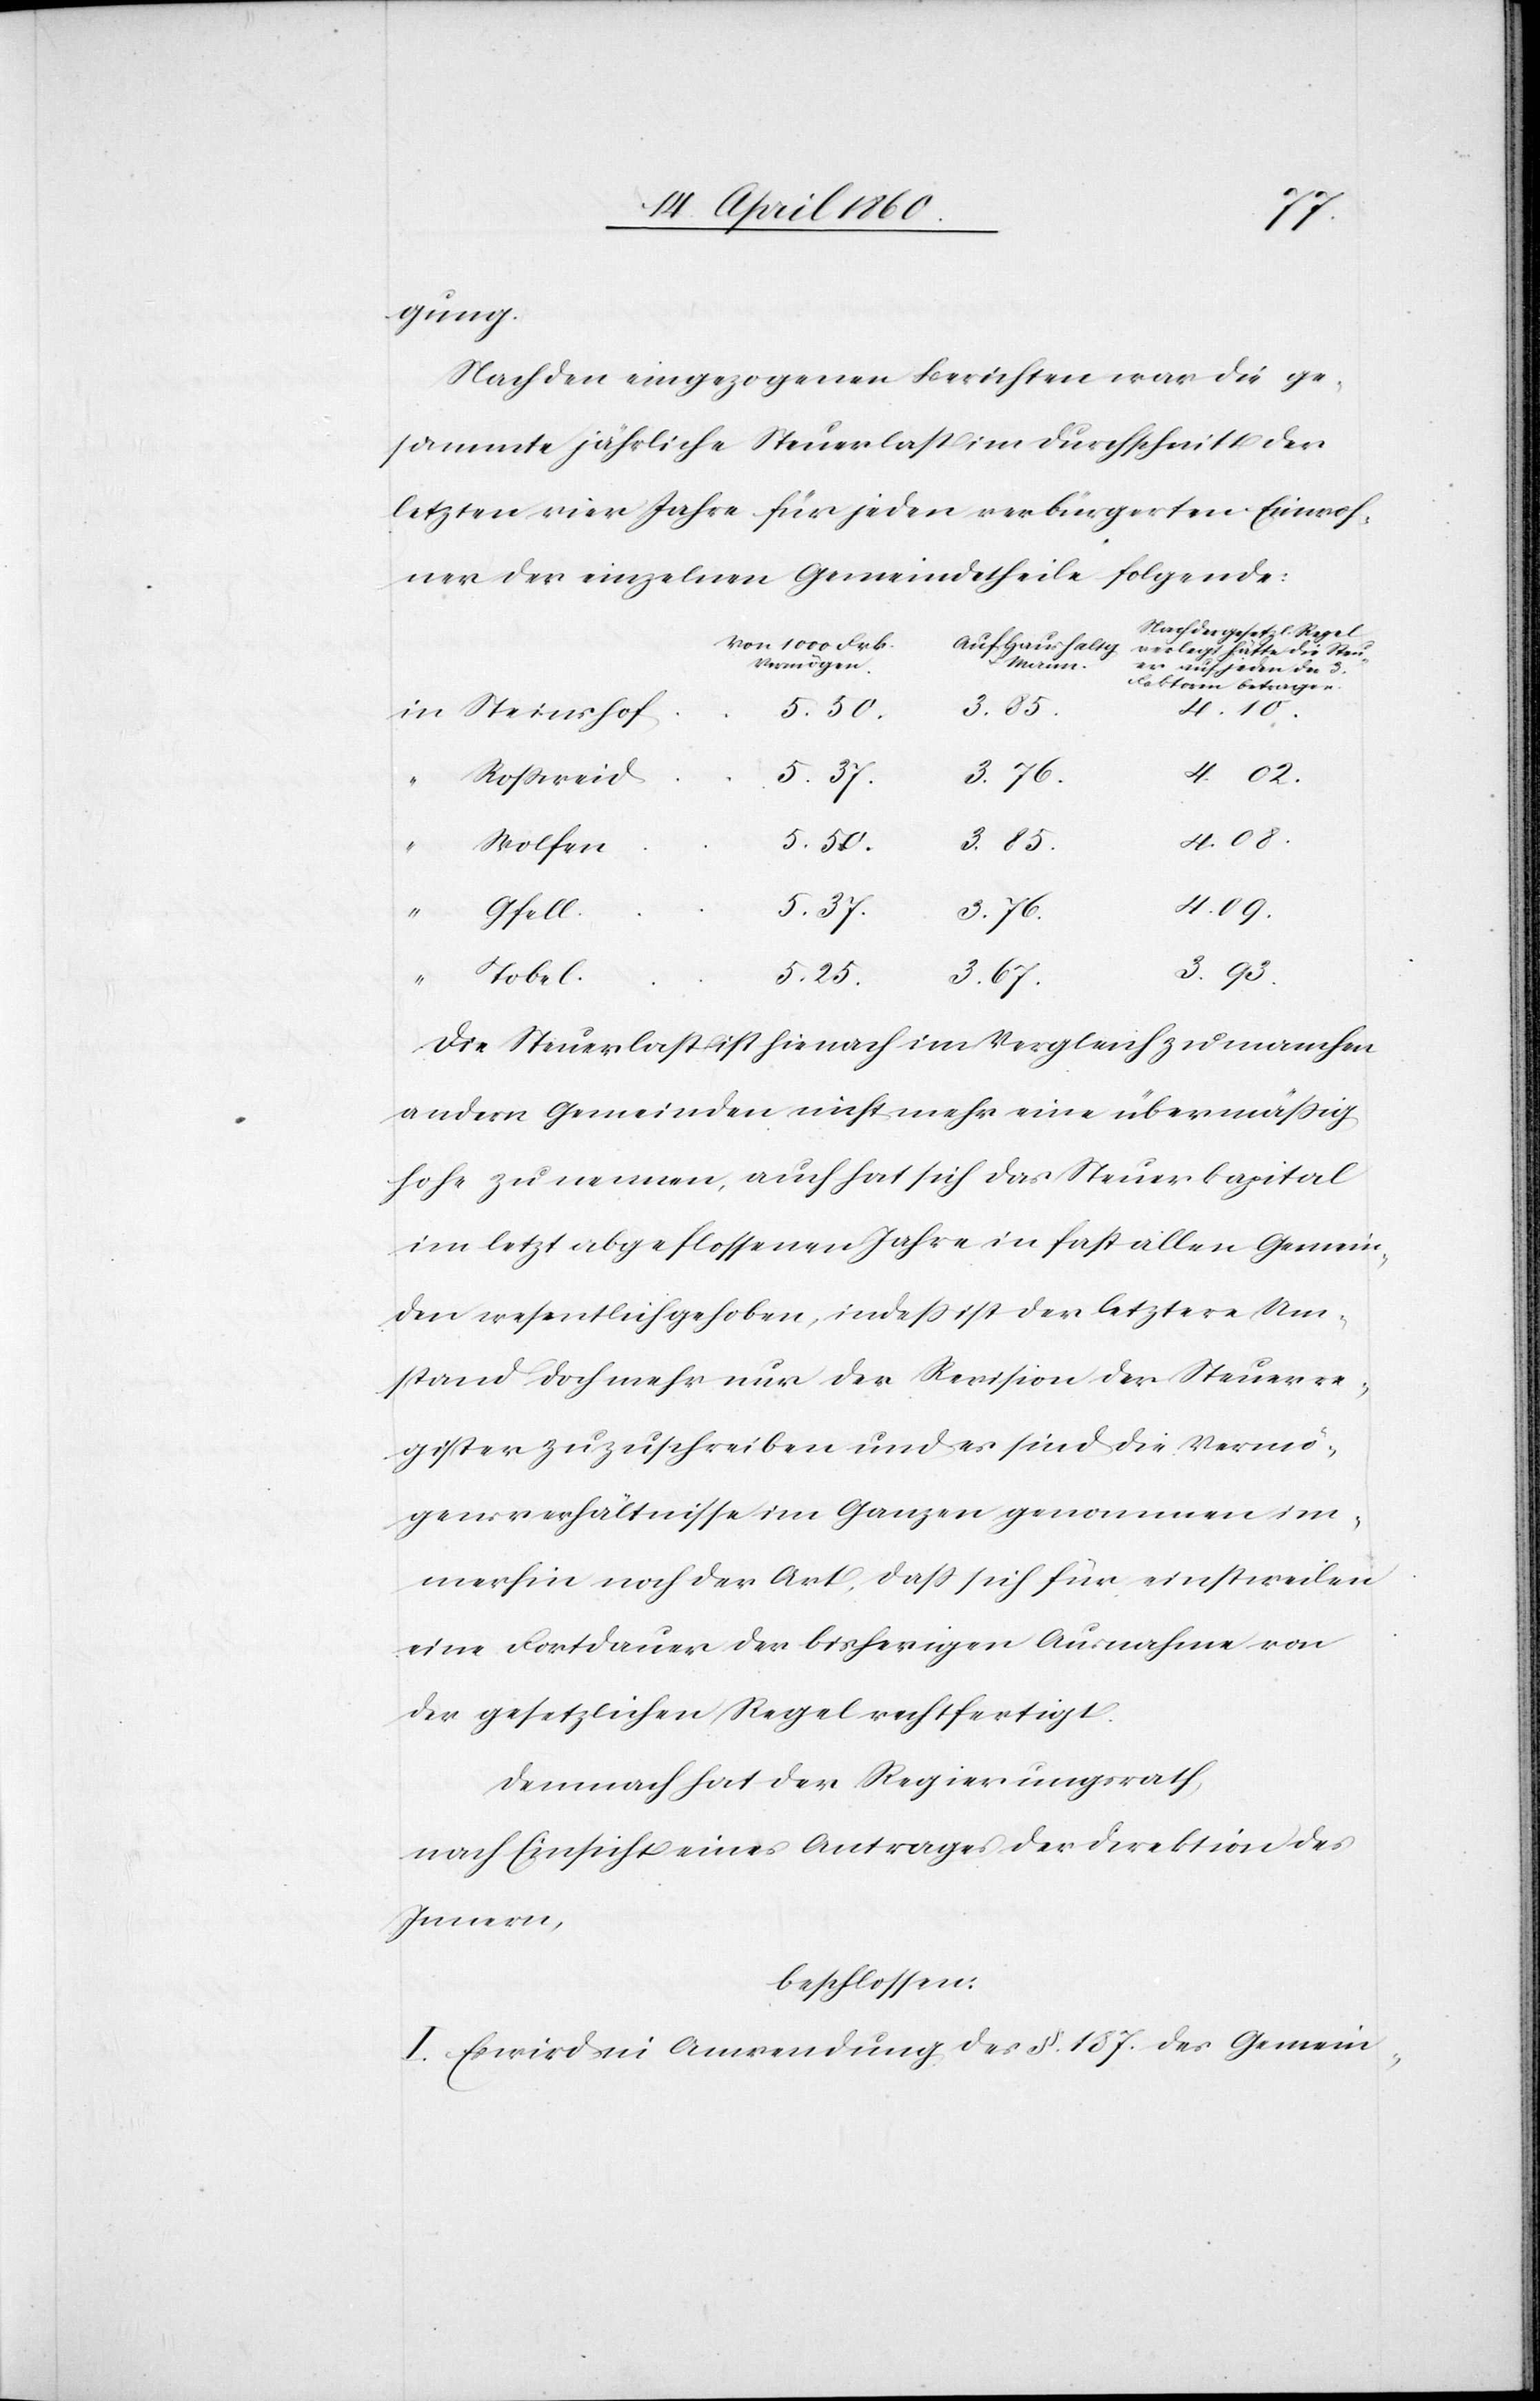
gung.
Nach den eingezogenen Berichten war die ge¬
sammte jährliche Steuerlast im Durchschnitt der
letzten vier Jahre für jeden verbürgerten Einwoh¬
ner der einzelnen Gemeindetheile folgende:
von 1000 Frk.
Auf Haushaltg.
u.
Mann.
betragen.
3. 93.
4. 10.
5. 37.
Rossweid
3. 76.
4. 09.
5. 50.
Wolfen
Gfell
Tobel
5. 25.
3. 67.
Die Steuerlast hienach im Vergleich zu manchen
andern Gemeinden nicht mehr eine übermässig
hohe zu nennen, auch hat sich das Steuerkapital
im letztabgeflossenen Jahre in fast allen Gemein¬
den wesentlich gehoben, indess ist der letztere Um¬
stand doch mehr nur der Revision der Steuerre¬
gister zuzuschreiben und es sind die Vermö¬
gensverhältnisse im Ganzen genommen im¬
merhin noch der Art, dass sich für einstweilen
eine Fortdauer der bisherigen Ausnahme von
der gesetzlichen Regel rechtfertigt.
Demnach hat der Regierungsrath,
nach Einsicht eines Antrages der Direktion des
Innern,
beschlossen:
I. Es wird in Anwendung des §. 187. des Gemein-